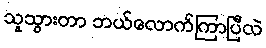
သူသွားတာ ဘယ်လောက်ကြာပြီလဲ